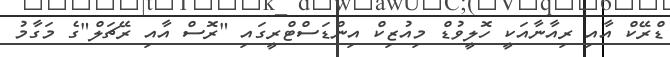
ޑްރޭކް އާއި ރިއާނާއަކީ ހޮލީވުޑް މިއުޒިކް އިންޑަސްޓްރީގައި "ރޮސް އާއި ރޭޗަލް"ގެ މަގާމު